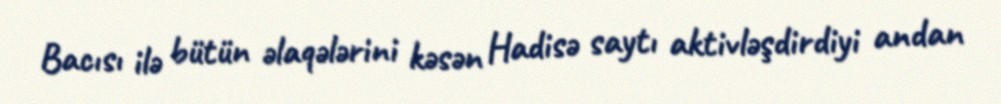
Bacısı ilə bütün əlaqələrini kəsən Hadisə saytı aktivləşdirdiyi andan